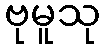
ဗုမူသု